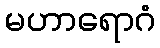
မဟာရောဂံ